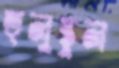
হুলুস্থুল